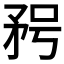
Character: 𥍣